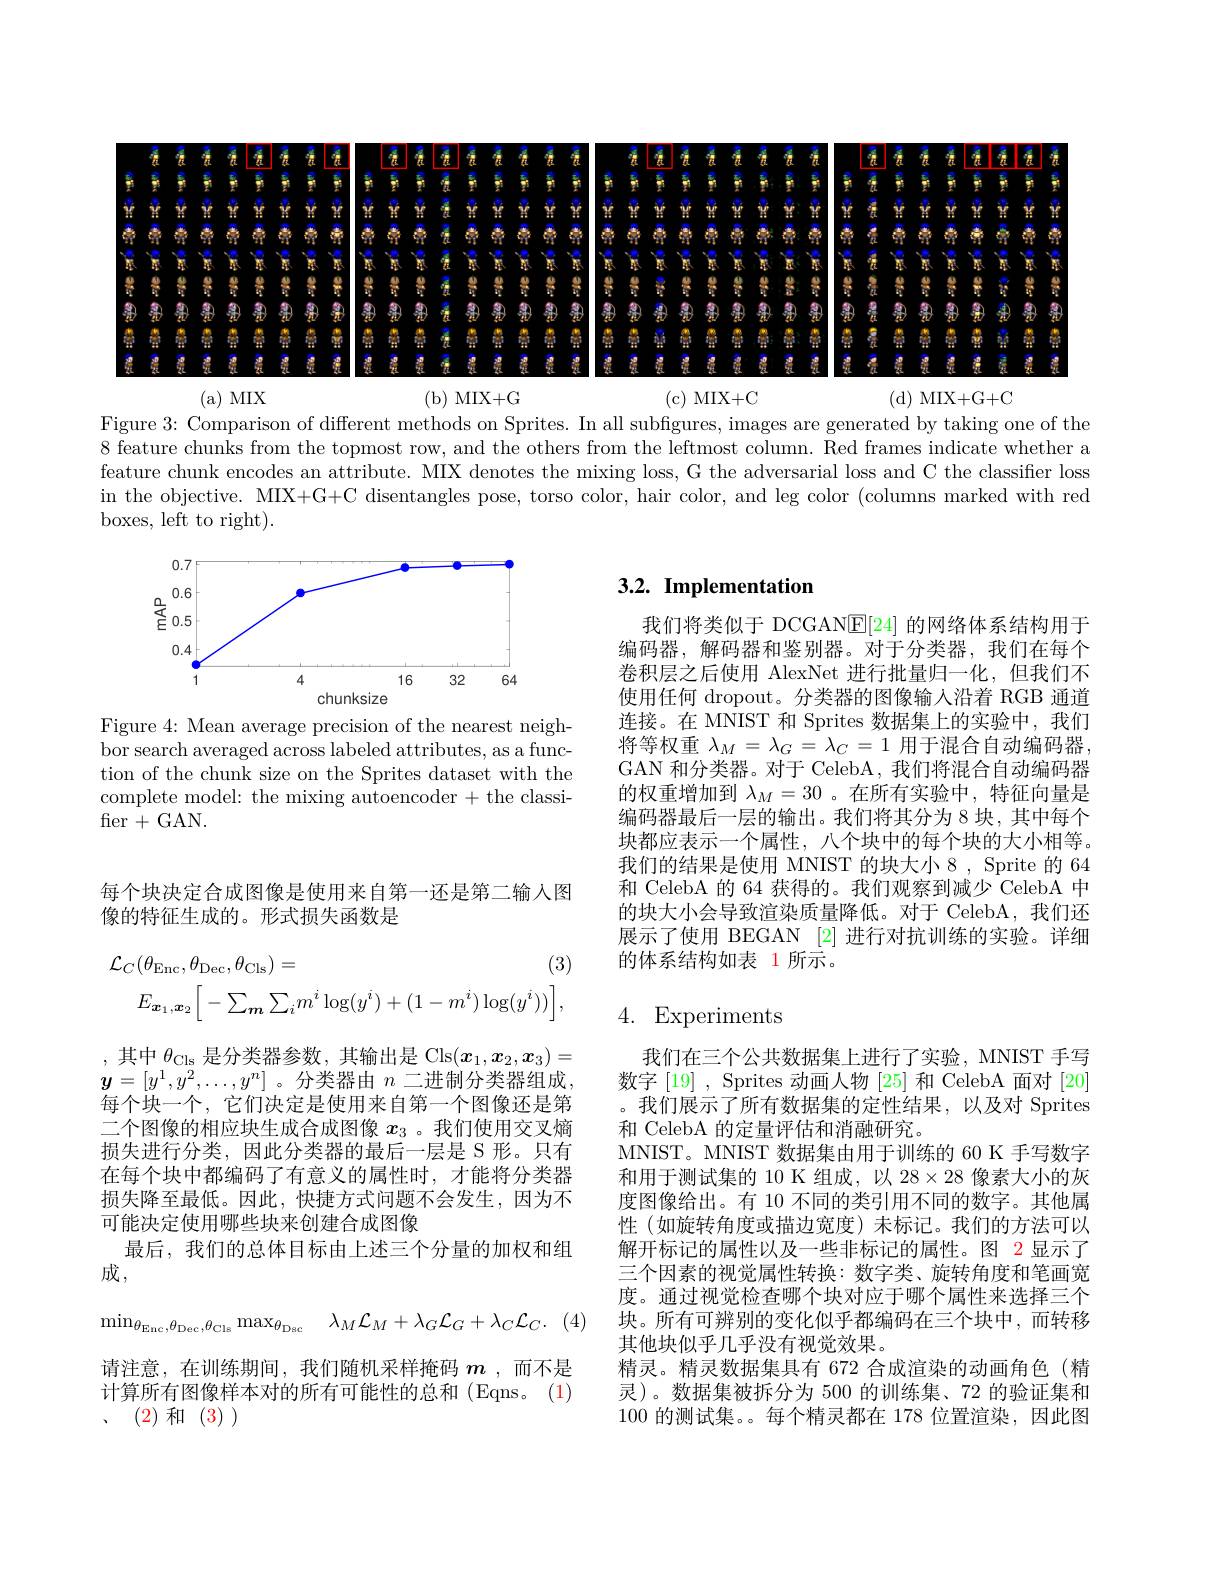
<FigureHere>

(d) MIX+G+C

(a) MIX
(b) MIX+G
(c) MIX+C
Figure 3: Comparison of different methods on Sprites. In all subfigures, images are generated by taking one of the 8 feature chunks from the topmost row, and the others from the leftmost column. Red frames indicate whether a feature chunk encodes an attribute. MIX denotes the mixing loss, G the adversarial loss and C the classifier loss in the objective. MIX+G+C disentangles pose, torso color, hair color, and leg color (columns marked with red

boxes, left to right).

## 3.2. Implementation

<FigureHere>

Figure 4: Mean average precision of the nearest neighbor search averaged across labeled attributes, as a function of the chunk size on the Sprites dataset with the complete model: the mixing autoencoder + the classifer+GAN.

我们将类似于 DCGAN$\underline{\mathrm{E}}[24]$的网络体系结构用于编码器，解码器和鉴别器。对于分类器，我们在每个卷积层之后使用 AlexNet 进行批量归一化，但我们不使用任何 dropout。分类器的图像输入沿着 RGB 通道连接。在 MNIST 和 Sprites 数据集上的实验中，我们将等权重$\lambda_M=\lambda_G=\lambda_C=1$用于混合自动编码器， GAN 和分类器。对于 CelebA, 我们将混合自动编码器的权重增加到$\lambda_M=30$ 。在所有实验中，特征向量是编码器最后一层的输出。我们将其分为 8 块，其中每个块都应表示一个属性，八个块中的每个块的大小相等。我们的结果是使用 MNIST 的块大小 8 , Sprite 的 64和 CelebA 的 64 获得的。我们观察到减少 CelebA 中的块大小会导致渲染质量降低。对于 CelebA,我们还展示了使用 BEGAN [2] 进行对抗训练的实验。详细的体系结构如表 1 所示。

每个块决定合成图像是使用来自第一还是第二输入图
像的特征生成的。形式损失函数是
$$\mathcal{L}_{C}(\theta_{\mathrm{Enc}},\theta_{\mathrm{Dec}},\theta_{\mathrm{Cls}})=(3)\\E_{\boldsymbol{x}_{1},\boldsymbol{x}_{2}}\bigg[-\sum_{\boldsymbol{m}}\sum_{i}m^{i}\log(y^{i})+(1-m^{i})\log(y^{i}))\bigg],$$
# 4. Experiments

,其中$\theta_\mathrm{Cls}$是分类器参数，其输出是 Cls$(x_1,x_2,x_3)=$ $\boldsymbol{y}=[y^1,y^2,\ldots,y^n]$ 。分类器由 $n$ 二进制分类器组成， 每个块一个，它们决定是使用来自第一个图像还是第二个图像的相应块生成合成图像$x_{3}$ 。我们使用交叉熵损失进行分类，因此分类器的最后一层是 S 形。只有在每个块中都编码了有意义的属性时，才能将分类器损失降至最低。因此，快捷方式问题不会发生，因为不可能决定使用哪些块来创建合成图像
最后，我们的总体目标由上述三个分量的加权和组
成，
$$\min_{\theta_{\mathrm{Enc}},\theta_{\mathrm{Dec}},\theta_{\mathrm{Cls}}}\max_{\theta_{\mathrm{Dsc}}}\quad\lambda_{M}\mathcal{L}_{M}+\lambda_{G}\mathcal{L}_{G}+\lambda_{C}\mathcal{L}_{C}.$$
请注意，在训练期间，我们随机采样掩码$m$ ,而不是计算所有图像样本对的所有可能性的总和(Eqns。(1) 、(2)和 (3))

我们在三个公共数据集上进行了实验，MNIST 手写数字 [19] , Sprites 动画人物 [25] 和 CelebA 面对 [20] 。我们展示了所有数据集的定性结果，以及对 Sprites 和 CelebA 的定量评估和消融研究。
MNIST。MNIST 数据集由用于训练的 60 K 手写数字和用于测试集的 10 K 组成，以 28×28 像素大小的灰度图像给出。有 10 不同的类引用不同的数字。其他属性(如旋转角度或描边宽度)未标记。我们的方法可以解开标记的属性以及一些非标记的属性。图 2 显示了三个因素的视觉属性转换：数字类、旋转角度和笔画宽度。通过视觉检查哪个块对应于哪个属性来选择三个块。所有可辨别的变化似乎都编码在三个块中，而转移其他块似乎几乎没有视觉效果。
精灵。精灵数据集具有 672 合成渲染的动画角色 (精灵)。数据集被拆分为 500 的训练集、72 的验证集和100的测试集。每个精灵都在 178 位置渲染，因此图